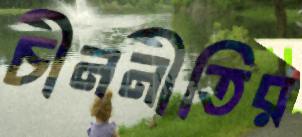
চীননীতির